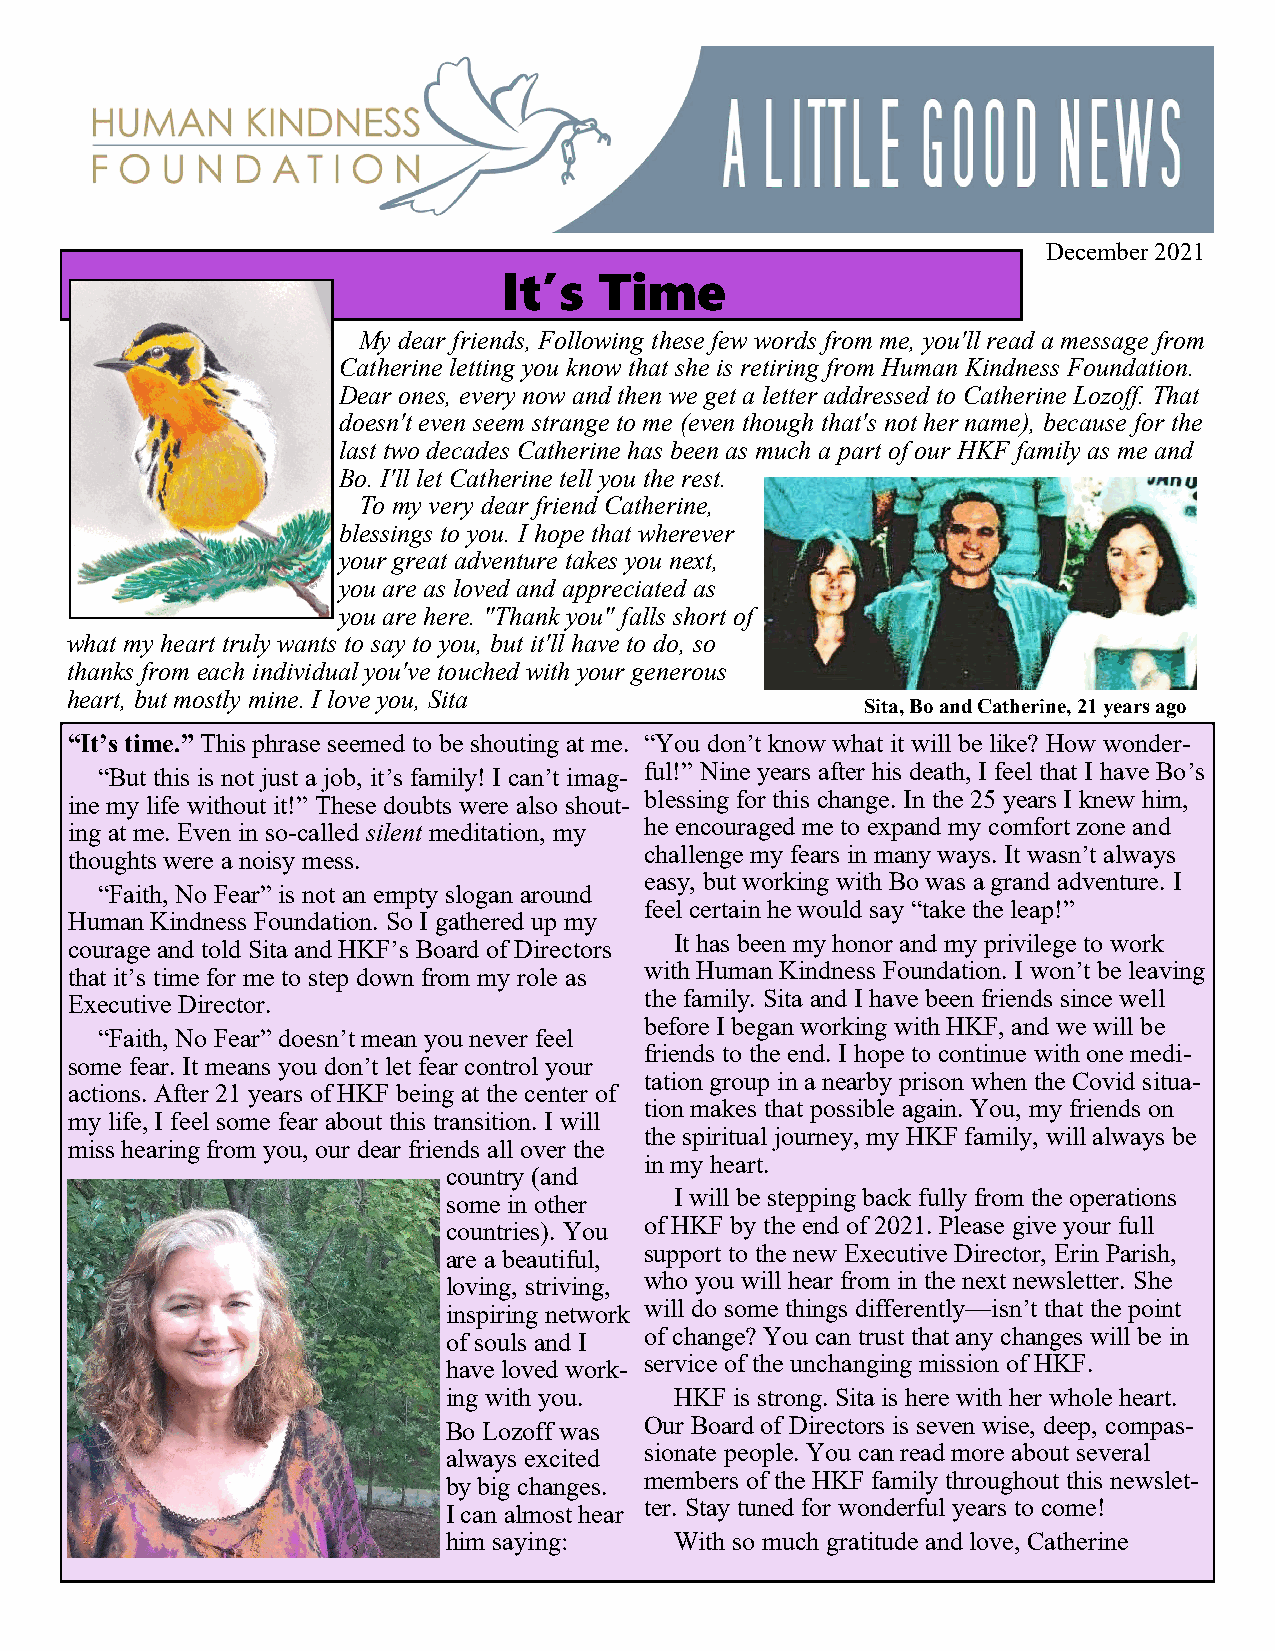
December 2021
 It’s   Time
 My dear friends, Following these few words from me, you'll read a message from
 Catherine letting you know that she is retiring from Human Kindness Foundation.
 Dear ones, every now and then we get a letter addressed to Catherine Lozoff. That
 doesn't even seem strange to me (even though that's not her name), because for the
 last two decades Catherine has been as much a part of our HKF family as me and
 Bo. I'll let Catherine tell you the rest.
 To my very dear friend Catherine,
 blessings to you. I hope that wherever
 your great adventure takes you next,
 you are as loved and appreciated as
 you are here. "Thank you" falls short of
 what my heart truly wants to say to you, but it'll have to do, so
 thanks from each individual you've touched with your generous
 heart, but mostly mine. I love you, Sita
 Sita, Bo and Catherine, 21 years ago
 “It’s time.” This phrase seemed to be shouting at me. “You don’t know what it will be like? How wonder-
 “But this is not just a job, it’s family! I can’t imag- ful!” Nine years after his death, I feel that I have Bo’s
 ine my life without it!” These doubts were also shout- blessing for this change. In the 25 years I knew him,
 ing at me. Even in so-called silent meditation, my he encouraged me to expand my comfort zone and
 thoughts were a noisy mess.           challenge my fears in many ways. It wasn’t always
 easy, but working with Bo was a grand adventure. I
 “Faith, No Fear” is not an empty slogan around
 feel certain he would say “take the leap!”
 Human Kindness Foundation. So I gathered up my
 courage and told Sita and HKF’s Board of Directors It has been my honor and my privilege to work
 that it’s time for me to step down from my role as with Human Kindness Foundation. I won’t be leaving
 Executive Director.                   the family. Sita and I have been friends since well
 before I began working with HKF, and we will be
 “Faith, No Fear” doesn’t mean you never feel
 friends to the end. I hope to continue with one medi-
 some fear. It means you don’t let fear control your
 tation group in a nearby prison when the Covid situa-
 actions. After 21 years of HKF being at the center of
 tion makes that possible again. You, my friends on
 my life, I feel some fear about this transition. I will
 the spiritual journey, my HKF family, will always be
 miss hearing from you, our dear friends all over the
 in my heart.
 country (and
 some in other  I will be stepping back fully from the operations
 of HKF by the end of 2021. Please give your full
 countries). You
 are a beautiful, support to the new Executive Director, Erin Parish,
 loving, striving, who you will hear from in the next newsletter. She
 will do some things differently—isn’t that the point
 inspiring network
 of souls and I of change? You can trust that any changes will be in
 have loved work- service of the unchanging mission of HKF.
 ing with you.  HKF is strong. Sita is here with her whole heart.
 Bo Lozoff was Our Board of Directors is seven wise, deep, compas-
 always excited sionate people. You can read more about several
 by big changes. members of the HKF family throughout this newslet-
 I can almost hear ter. Stay tuned for wonderful years to come!
 him saying:    With so much gratitude and love, Catherine